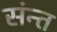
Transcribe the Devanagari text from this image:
संन्त